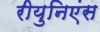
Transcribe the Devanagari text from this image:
रीयुनिएंस